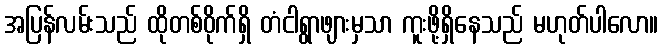
အပြန်လမ်းသည် ထိုတစ်ဝိုက်ရှိ တံငါရွာဖျားမှသာ ကူးဖို့ရှိနေသည် မဟုတ်ပါလော။